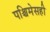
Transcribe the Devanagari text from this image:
पश्चिमेसही